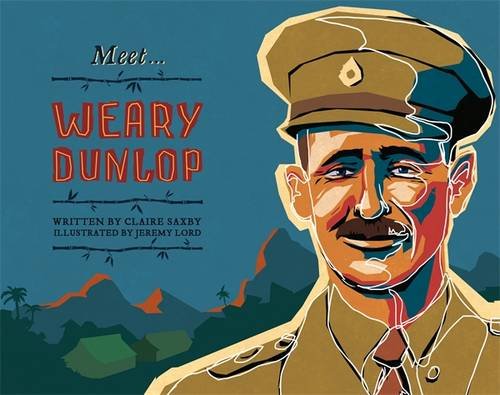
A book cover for Meet Weary Dunlop; Claire Saxby; Children's Books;